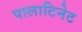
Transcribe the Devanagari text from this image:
पालाटिनेट